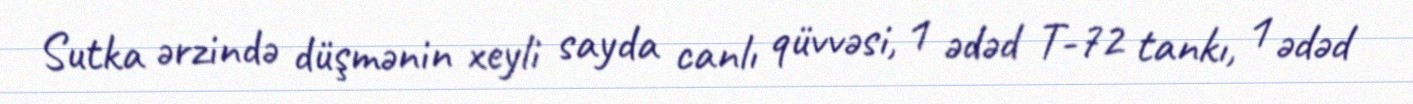
Sutka ərzində düşmənin xeyli sayda canlı qüvvəsi, 1 ədəd T-72 tankı, 1 ədəd